Saaremaa_Toiduainetetoostuse_Kombinaat, lk 23
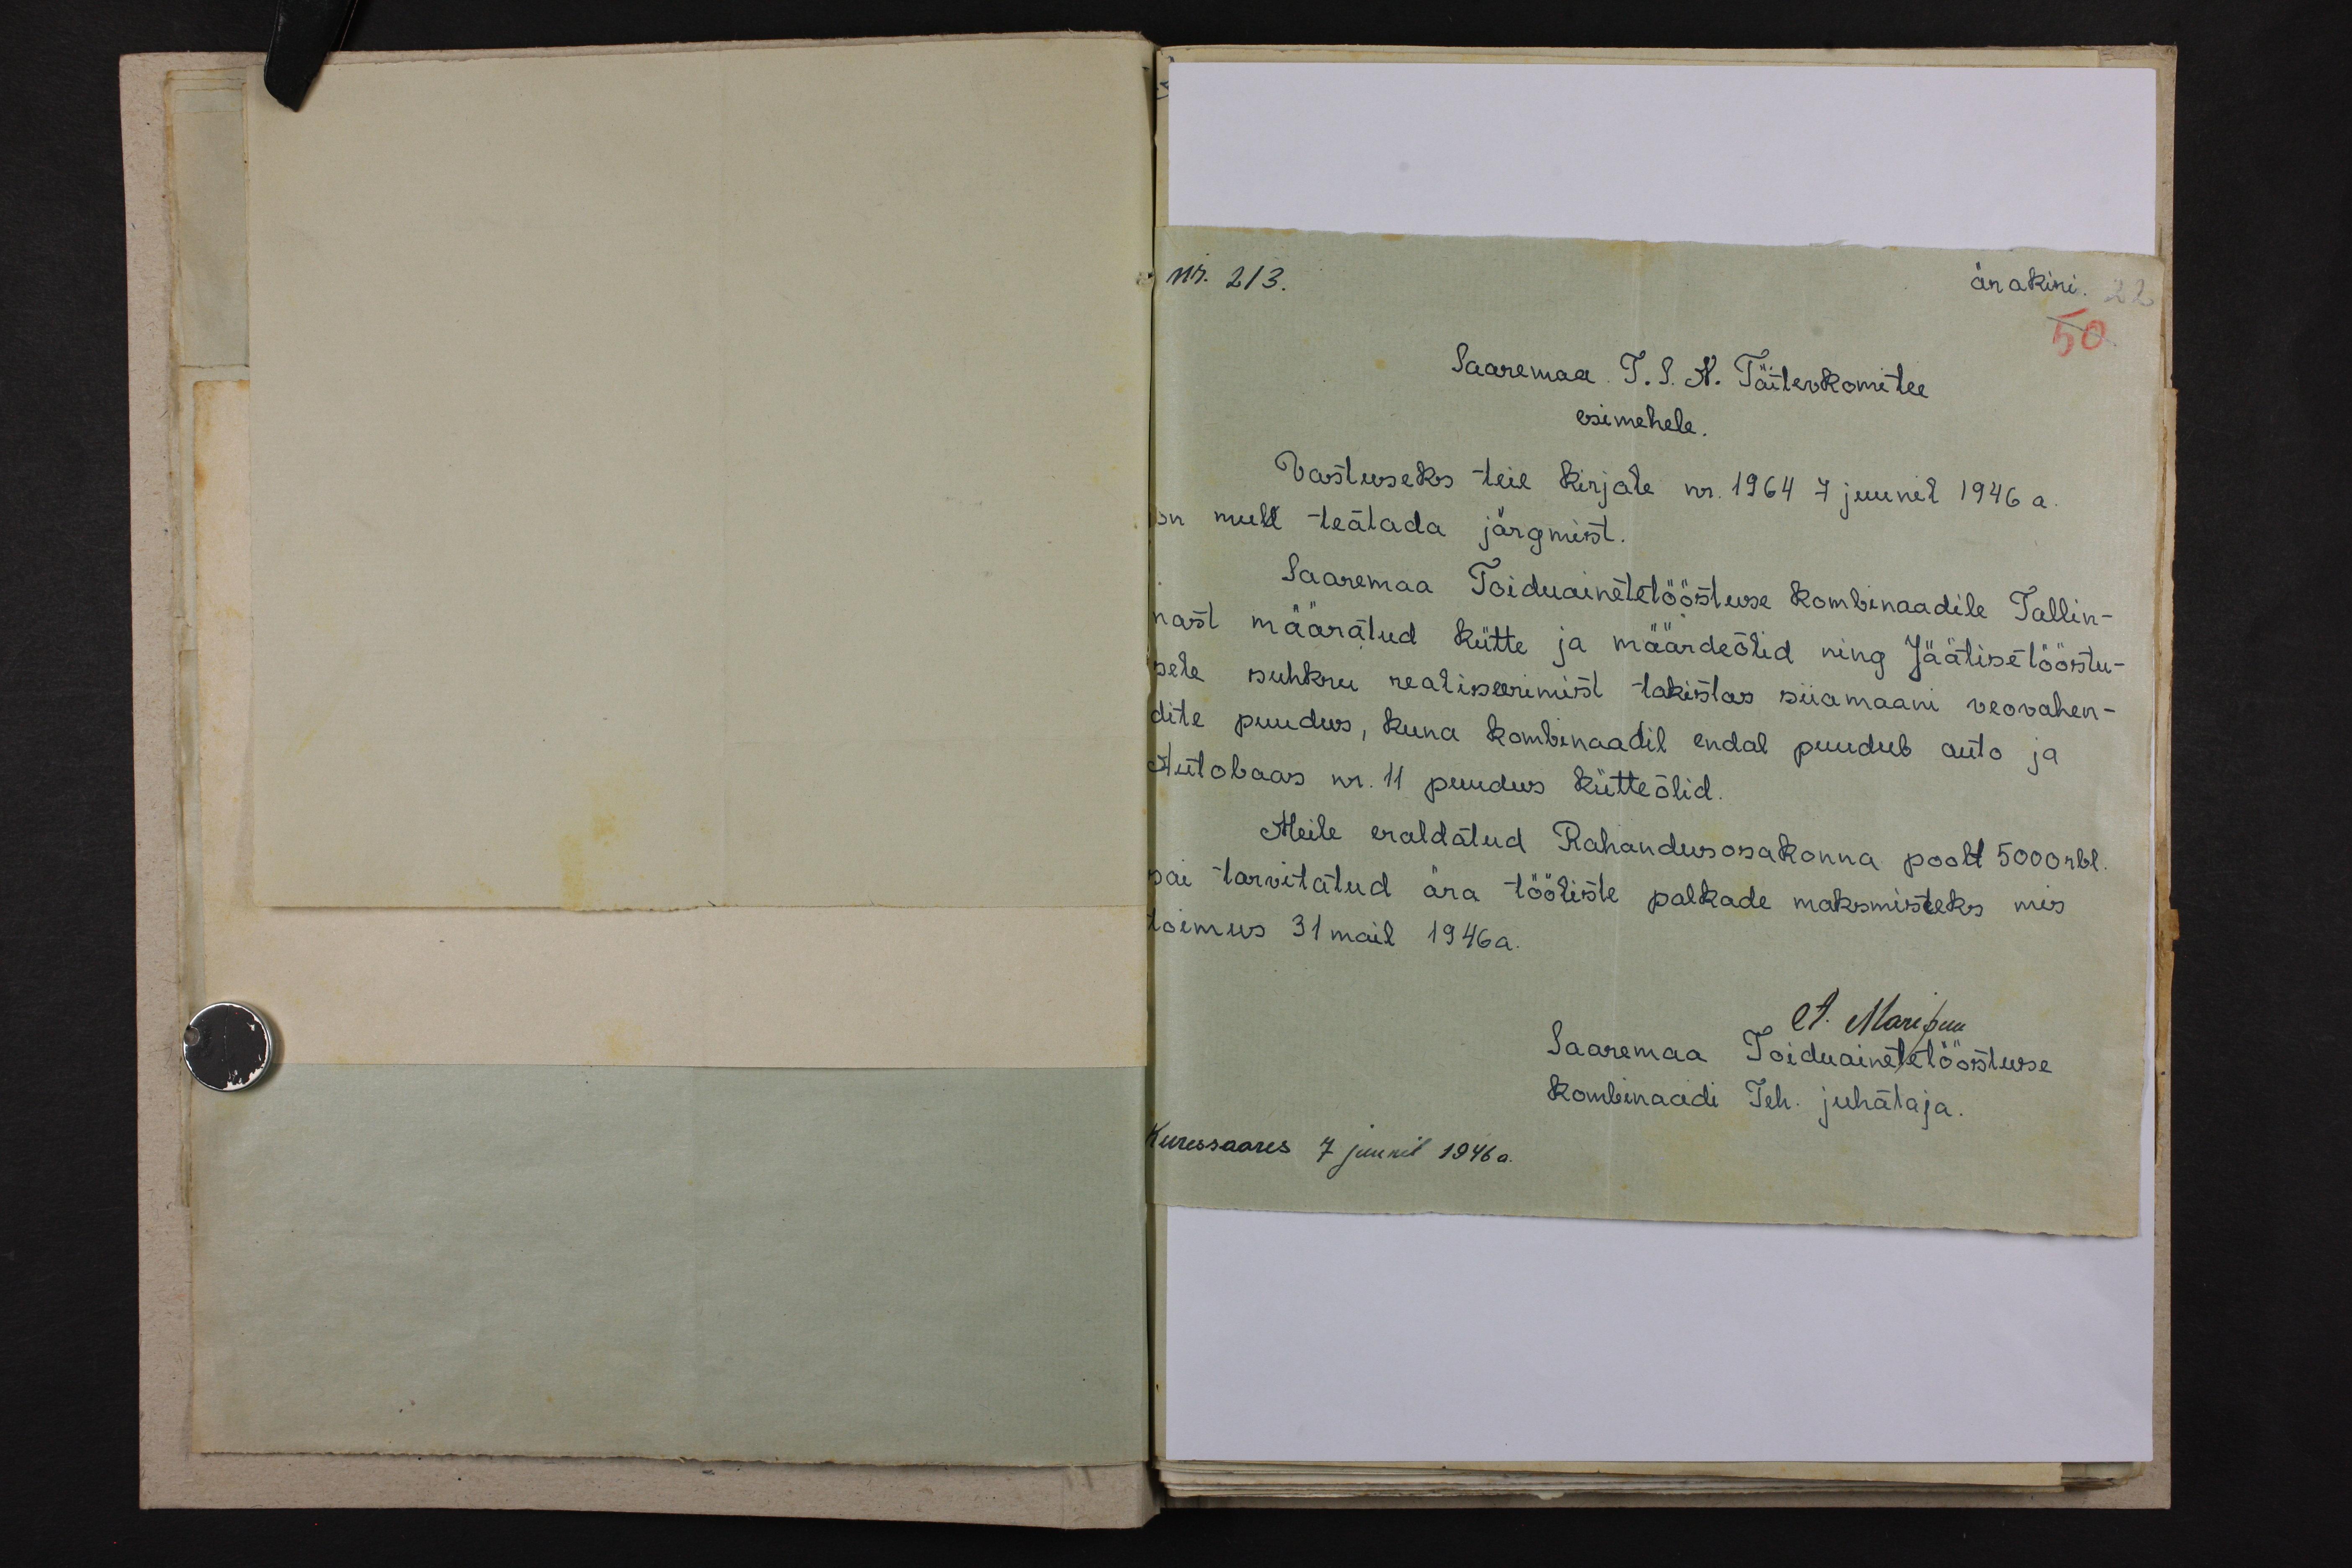
nr. 213.
ärakiri. 22
50
Saaremaa T. S. N. Täitevkomitee
esimehele.
Vastuseks teie Kirjale nr. 1964 7 juunil 1946 a.
on mull teatada järgmist.
Saaremaa Toiduainetetööstuse kombinaadile Tallin-
nast määratud kütte ja määrdeõlid ning Jäätisetööstu-
sele suhkru realiseerimist takistav siiamaani veovahen-
dite puudus, kuna kombinaadil endal puudub auto ja
autobaas nr. 11 puudus kütteõlid.
Meile eraldatud Rahandusosakonna poolt 5000 rbl.
sai tarvitatud ära tööliste palkade maksmisteks mis
toimus 31 mail 1946 a.
A. Marepuu
Saaremaa Toiduainete tööstusse
kombinaadi Teh. juhataja.
Kuressaares 7 juunil 1946 a.